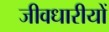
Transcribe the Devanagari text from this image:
जीवधारीयों